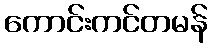
ကောင်းကင်တမန်